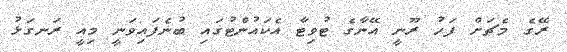
ރޭގެ މެޗަށް ފަހު ރޫނީ އޭނާގެ ޓުވިޓާ އެކައުންޓުގައި ބުނެފައިވަނީ މިއީ ރަނގަޅު